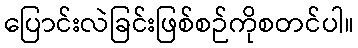
ပြောင်းလဲခြင်းဖြစ်စဉ်ကိုစတင်ပါ။